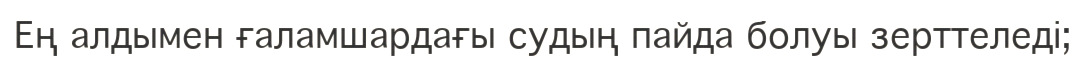
Ең алдымен ғаламшардағы судың пайда болуы зерттеледі;